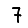
Digit: 7